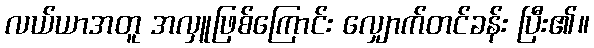
လယ်ယာအတူ အလှူဖြစ်ကြောင်း လျှောက်တင်ခန်း ပြီး၏။